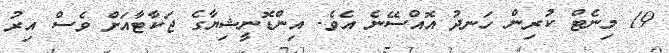
19 މިނެޓް ކުރިން ހަނދު އޮއްސޭނެ އެވެ. އިންޑޮނީޝިޔާގެ ޖަކާޓާއަށް ވެސް އިރު